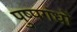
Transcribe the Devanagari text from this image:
पुष्पगंधों